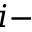
i -